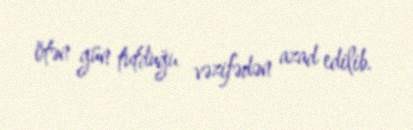
ötən gün tutduğu vəzifədən azad edilib.